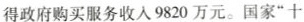
得政府购买服务收入9820万元。国家”十